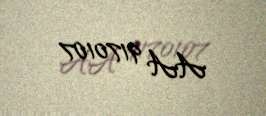
AA 9170107